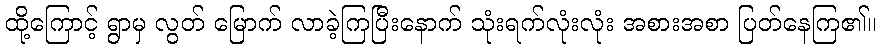
ထို့ကြောင့် ရွာမှ လွတ် မြောက် လာခဲ့ကြပြီးနောက် သုံးရက်လုံးလုံး အစားအစာ ပြတ်နေကြ၏။